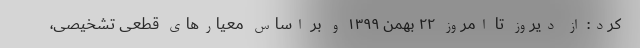
کرد: از دیروز تا امروز ۲۲ بهمن ۱۳۹۹ و بر اساس معیارهای قطعی تشخیصی،